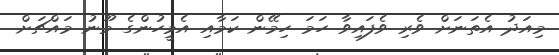
މިއަދު އެތަނަށް ވެރި ވެފައިވާ ހަމަ ހިމޭން ކަމާއި އެމީހުންގެ މޫނު މައްޗަށް